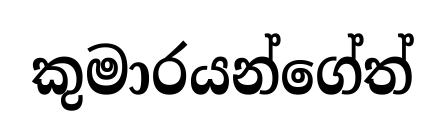
කුමාරයන්ගේත්